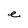
Character: e